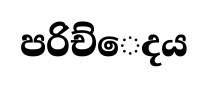
පරිච්ෙදය